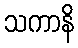
သကာနိ